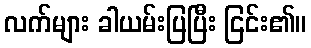
လက်များ ခါယမ်းပြပြီး ငြင်း၏။